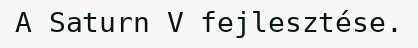
A Saturn V fejlesztése.